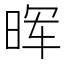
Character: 晖